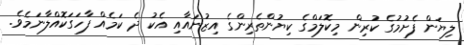
ލިޔަން ފެށުމުގެ ކުރިން މިކޮލަމްގެ ކިޔުންތެރިންގެ އިޒުނައާއި އެކު ދެ ކަމެއް ފާހަގަކޮއްލާނަމެވެ.